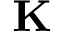
\mathbf { K }